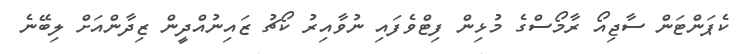
ކެޕަންޓަން ސާޖިއޯ ރާމޯސްގެ މުޅިން ފިޓްވެފައި ނުވާއިރު ކޯޗު ޒައިނުއްދީން ޒިދާންއަށް ލިބޭނެ